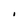
Character: i